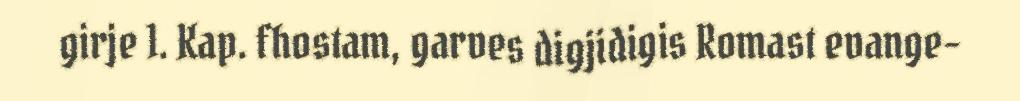
girje 1. Kap. fhostam, garves digjidigis Romast evange-